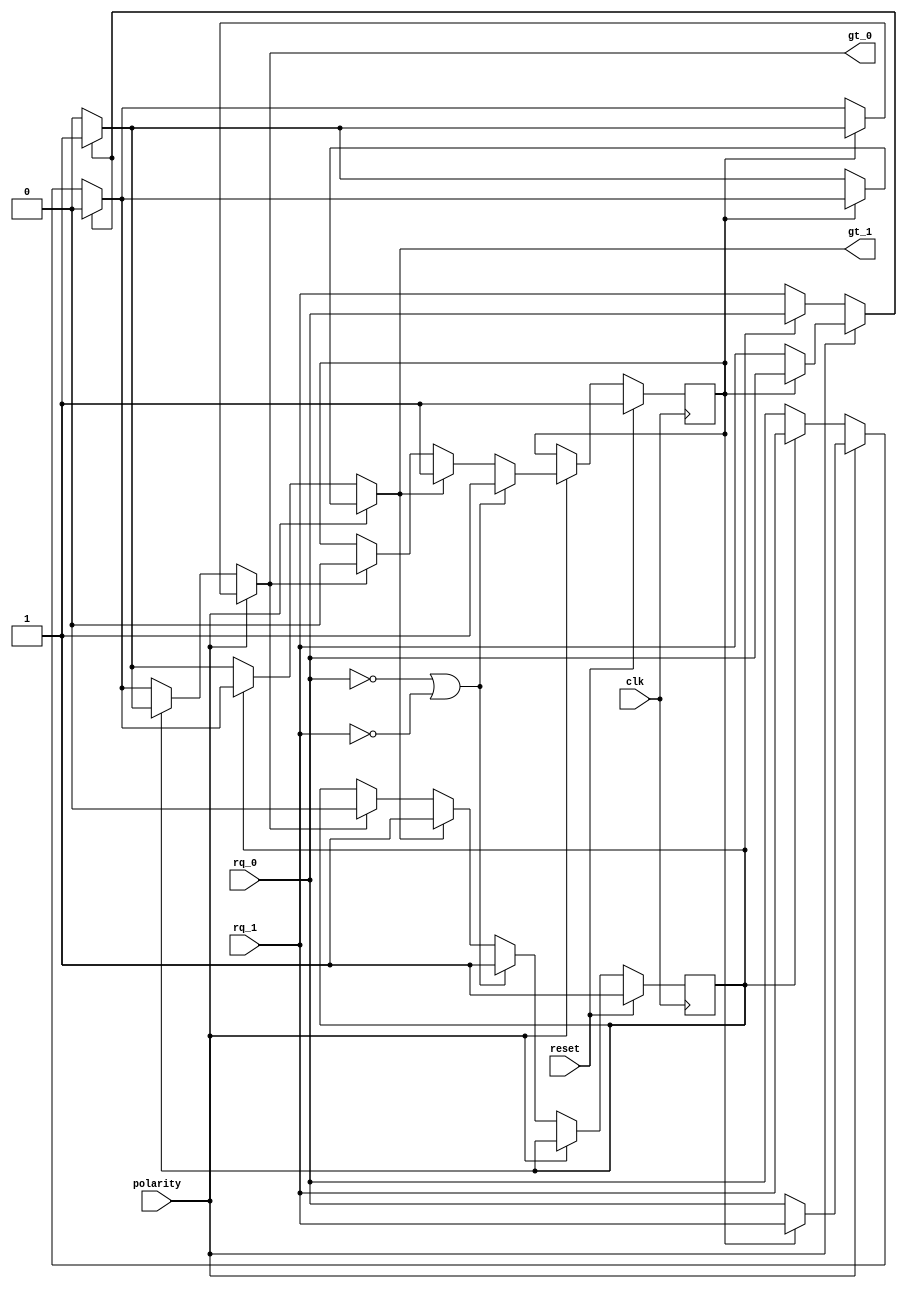
module rotating_prioritizer 
#(
	parameter initial_value = 1 // request 0 has the highest priority after reseting
)
(
	input clk, reset, // sync hign active reset
	input polarity, // used to tracking the priority order for two virtual channel
	input rq_0, rq_1, // input request 0 and request 1
	output reg gt_0, gt_1 // granted request 0 and granted request 1
);

	// register the last granted request when confliction happen and decrease its priority in the next clock
	// _v0: for virtual channel 0
	// _v1: for virtual channel 1
	reg last_gt_v0, last_gt_v1; 

	// Fixed prioritizer 
	// rq_n_f is the input of fixed prioritizer
	// gt_n_f is the oitput of fixed prioritizer
	//rq_0_f has the highest priority
	reg rq_0_f, rq_1_f;
	reg gt_0_f, gt_1_f;

	always @(*)
	begin
		if(rq_0_f == 1) 
		begin
			gt_0_f = 1;
			gt_1_f = 0;
		end
		else
		begin
			gt_0_f = 0;
			gt_1_f = rq_1_f;
		end
	end

	// input and output barrel shifter
	always @(*)
	begin
		if(polarity == 1)
			if(last_gt_v1 == 1) 
			begin
				{rq_0_f, rq_1_f} = {rq_0, rq_1}; // switch
				{gt_0, gt_1} = {gt_0_f, gt_1_f}; // output as it is
			end
			else 
			begin
				{rq_1_f, rq_0_f} = {rq_0, rq_1}; // switch
				{gt_1, gt_0} = {gt_0_f, gt_1_f}; // output as it is
			end
		else // polarity == 0
			if(last_gt_v0 == 1) 
			begin
				{rq_0_f, rq_1_f} = {rq_0, rq_1}; // switch
				{gt_0, gt_1} = {gt_0_f, gt_1_f}; // output as it is
			end
			else 
			begin
				{rq_1_f, rq_0_f} = {rq_0, rq_1}; // switch
				{gt_1, gt_0} = {gt_0_f, gt_1_f}; // output as it is
			end	
	end	

	// register the current granted request
	always @(posedge clk)
	begin
		if(reset) 
		begin
			last_gt_v0 <= initial_value;
			last_gt_v1 <= initial_value;
		end
		else
		begin
			if(polarity == 1)
				if((rq_0 == 0) || (rq_1 == 0)) // once no contention happens, we need to reset the priority order
					last_gt_v1 <= initial_value;
				else
				begin
					// both gt_0 and gt_1 can not be 1 at the same time
					if(gt_0) last_gt_v1 <= 0;
					if(gt_1) last_gt_v1 <= 1;
				end

			else // if polarity == 0
				if((rq_0 == 0) || (rq_1 == 0)) // once no contention happens, we need to reset the priority order
					last_gt_v0 <= initial_value;
				else
				begin
					if(gt_0) last_gt_v0 <= 0;
					if(gt_1) last_gt_v0 <= 1;
				end

		end
	end

endmodule